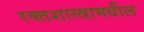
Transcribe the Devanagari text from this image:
रक्तशास्त्रामधील